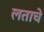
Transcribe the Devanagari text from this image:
लताचे